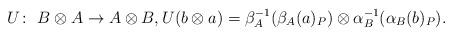
LaTeX: \begin{gather*} U\colon \ B\otimes A\rightarrow A\otimes B, U(b\otimes a)=\beta_A^{-1}(\beta _A(a)_P)\otimes \alpha _B^{-1}(\alpha _B(b)_P).\end{gather*}